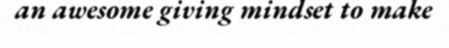
an awesome giving mindset to make